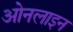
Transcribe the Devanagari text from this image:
ओनलाइन